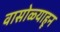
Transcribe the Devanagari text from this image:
वासोळ्याहून